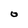
Character: O